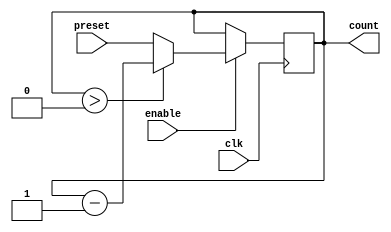
module binary_down_counter (
    input wire clk,
    input wire enable,
    input wire [3:0] preset,
    output reg [3:0] count
);

always @(posedge clk) begin
    if(enable) begin
        if(count > 0) begin
            count <= count - 1;
        end else begin
            count <= preset;
        end
    end
end

endmodule